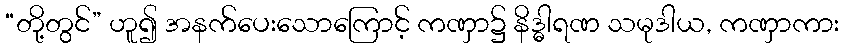
“တို့တွင်” ဟူ၍ အနက်ပေးသောကြောင့် ကဏှာ၌ နိဒ္ဓါရဏ သမုဒါယ, ကဏှာကား